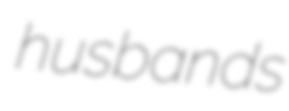
husbands